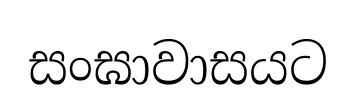
සංඝාවාසයට